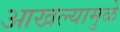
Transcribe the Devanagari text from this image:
आखल्यामुळे